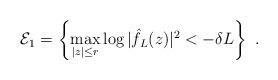
LaTeX: \begin{align*} \mathcal E_1=\left\{ \max_{|z|\leq r}\log|\hat f_L(z)|^2<-\delta L\right\}\ . \end{align*}